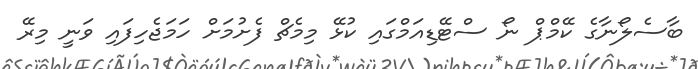
ބާސެލޯނާގެ ކޭމްޕް ނޯ ސްޓޭޑިއަމްގައި ކުޅޭ މިމެޗް ފެށުމަށް ހަމަޖެހިފައި ވަނީ މިރޭ